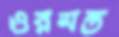
ওরমন্ড